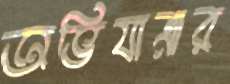
অভিযাত্রার